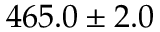
4 6 5 . 0 \pm 2 . 0